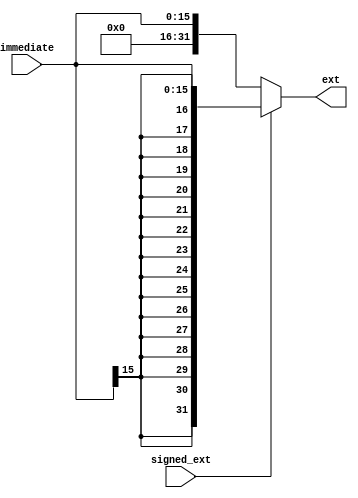
`timescale 1ns / 1ps
module EXT(immediate, signed_ext, ext);
input[15:0] immediate;
input signed_ext;
output[31:0] ext;
	assign ext = signed_ext ? {{16{immediate[15]}}, immediate[15:0]} : {{16{1'b0}}, immediate[15:0]};

endmodule